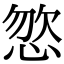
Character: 𢛦